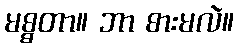
မစ္စတာ။ ဘာ စားမလဲ။